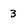
Character: 3